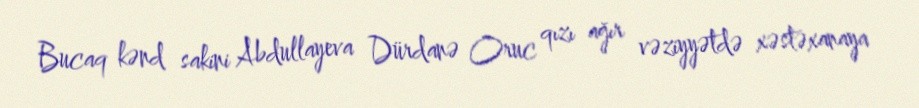
Bucaq kənd sakini Abdullayeva Dürdanə Oruc qızı ağır vəziyyətdə xəstəxanaya